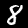
Label: 8